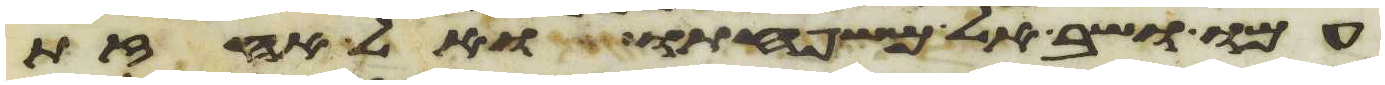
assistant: עמו ושב אל משפחתו ואל אחזת